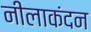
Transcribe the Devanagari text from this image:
नीलाकंदन